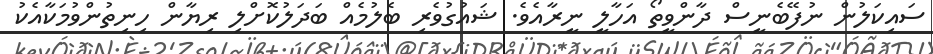
ސައިކަލުން ނުފޭބެނީސް ދާންވީތޯ އަހާލީ ނީރާއެވެ. ޝައުގުވެރި ބެލުމެއް ބަދަލުކޮށްލި ރިޔާން ހިނިތުންވުމަކާއެކު